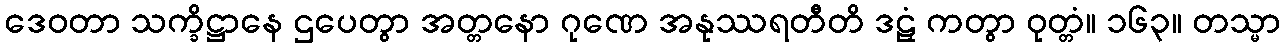
ဒေဝတာ သက္ခိဋ္ဌာနေ ဌပေတွာ အတ္တနော ဂုဏေ အနုဿရတီတိ ဒဠှံ ကတွာ ဝုတ္တံ။ ၁၆၃။ တသ္မာ